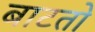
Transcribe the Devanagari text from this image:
बाटतो